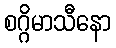
စဂ္ဂိမာသီနော